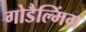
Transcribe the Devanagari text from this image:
गोडैल्मिंग